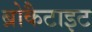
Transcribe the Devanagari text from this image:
ब्रोकैटाइट